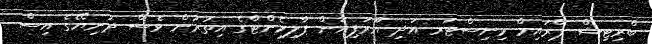
ބްރިޓިޝް ޕްރައިމް މިނިސްޓަރ އަދި ޔޫރަޕިއަން ޕާލިމެންޓްގެ އިތުރުން ވެސް ދުނިޔޭގެ އިސް